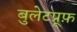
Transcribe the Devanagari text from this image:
बुलेटप्रूफ़